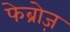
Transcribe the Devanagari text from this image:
फेब्रोज़